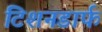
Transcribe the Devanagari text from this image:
टिशनडार्फ